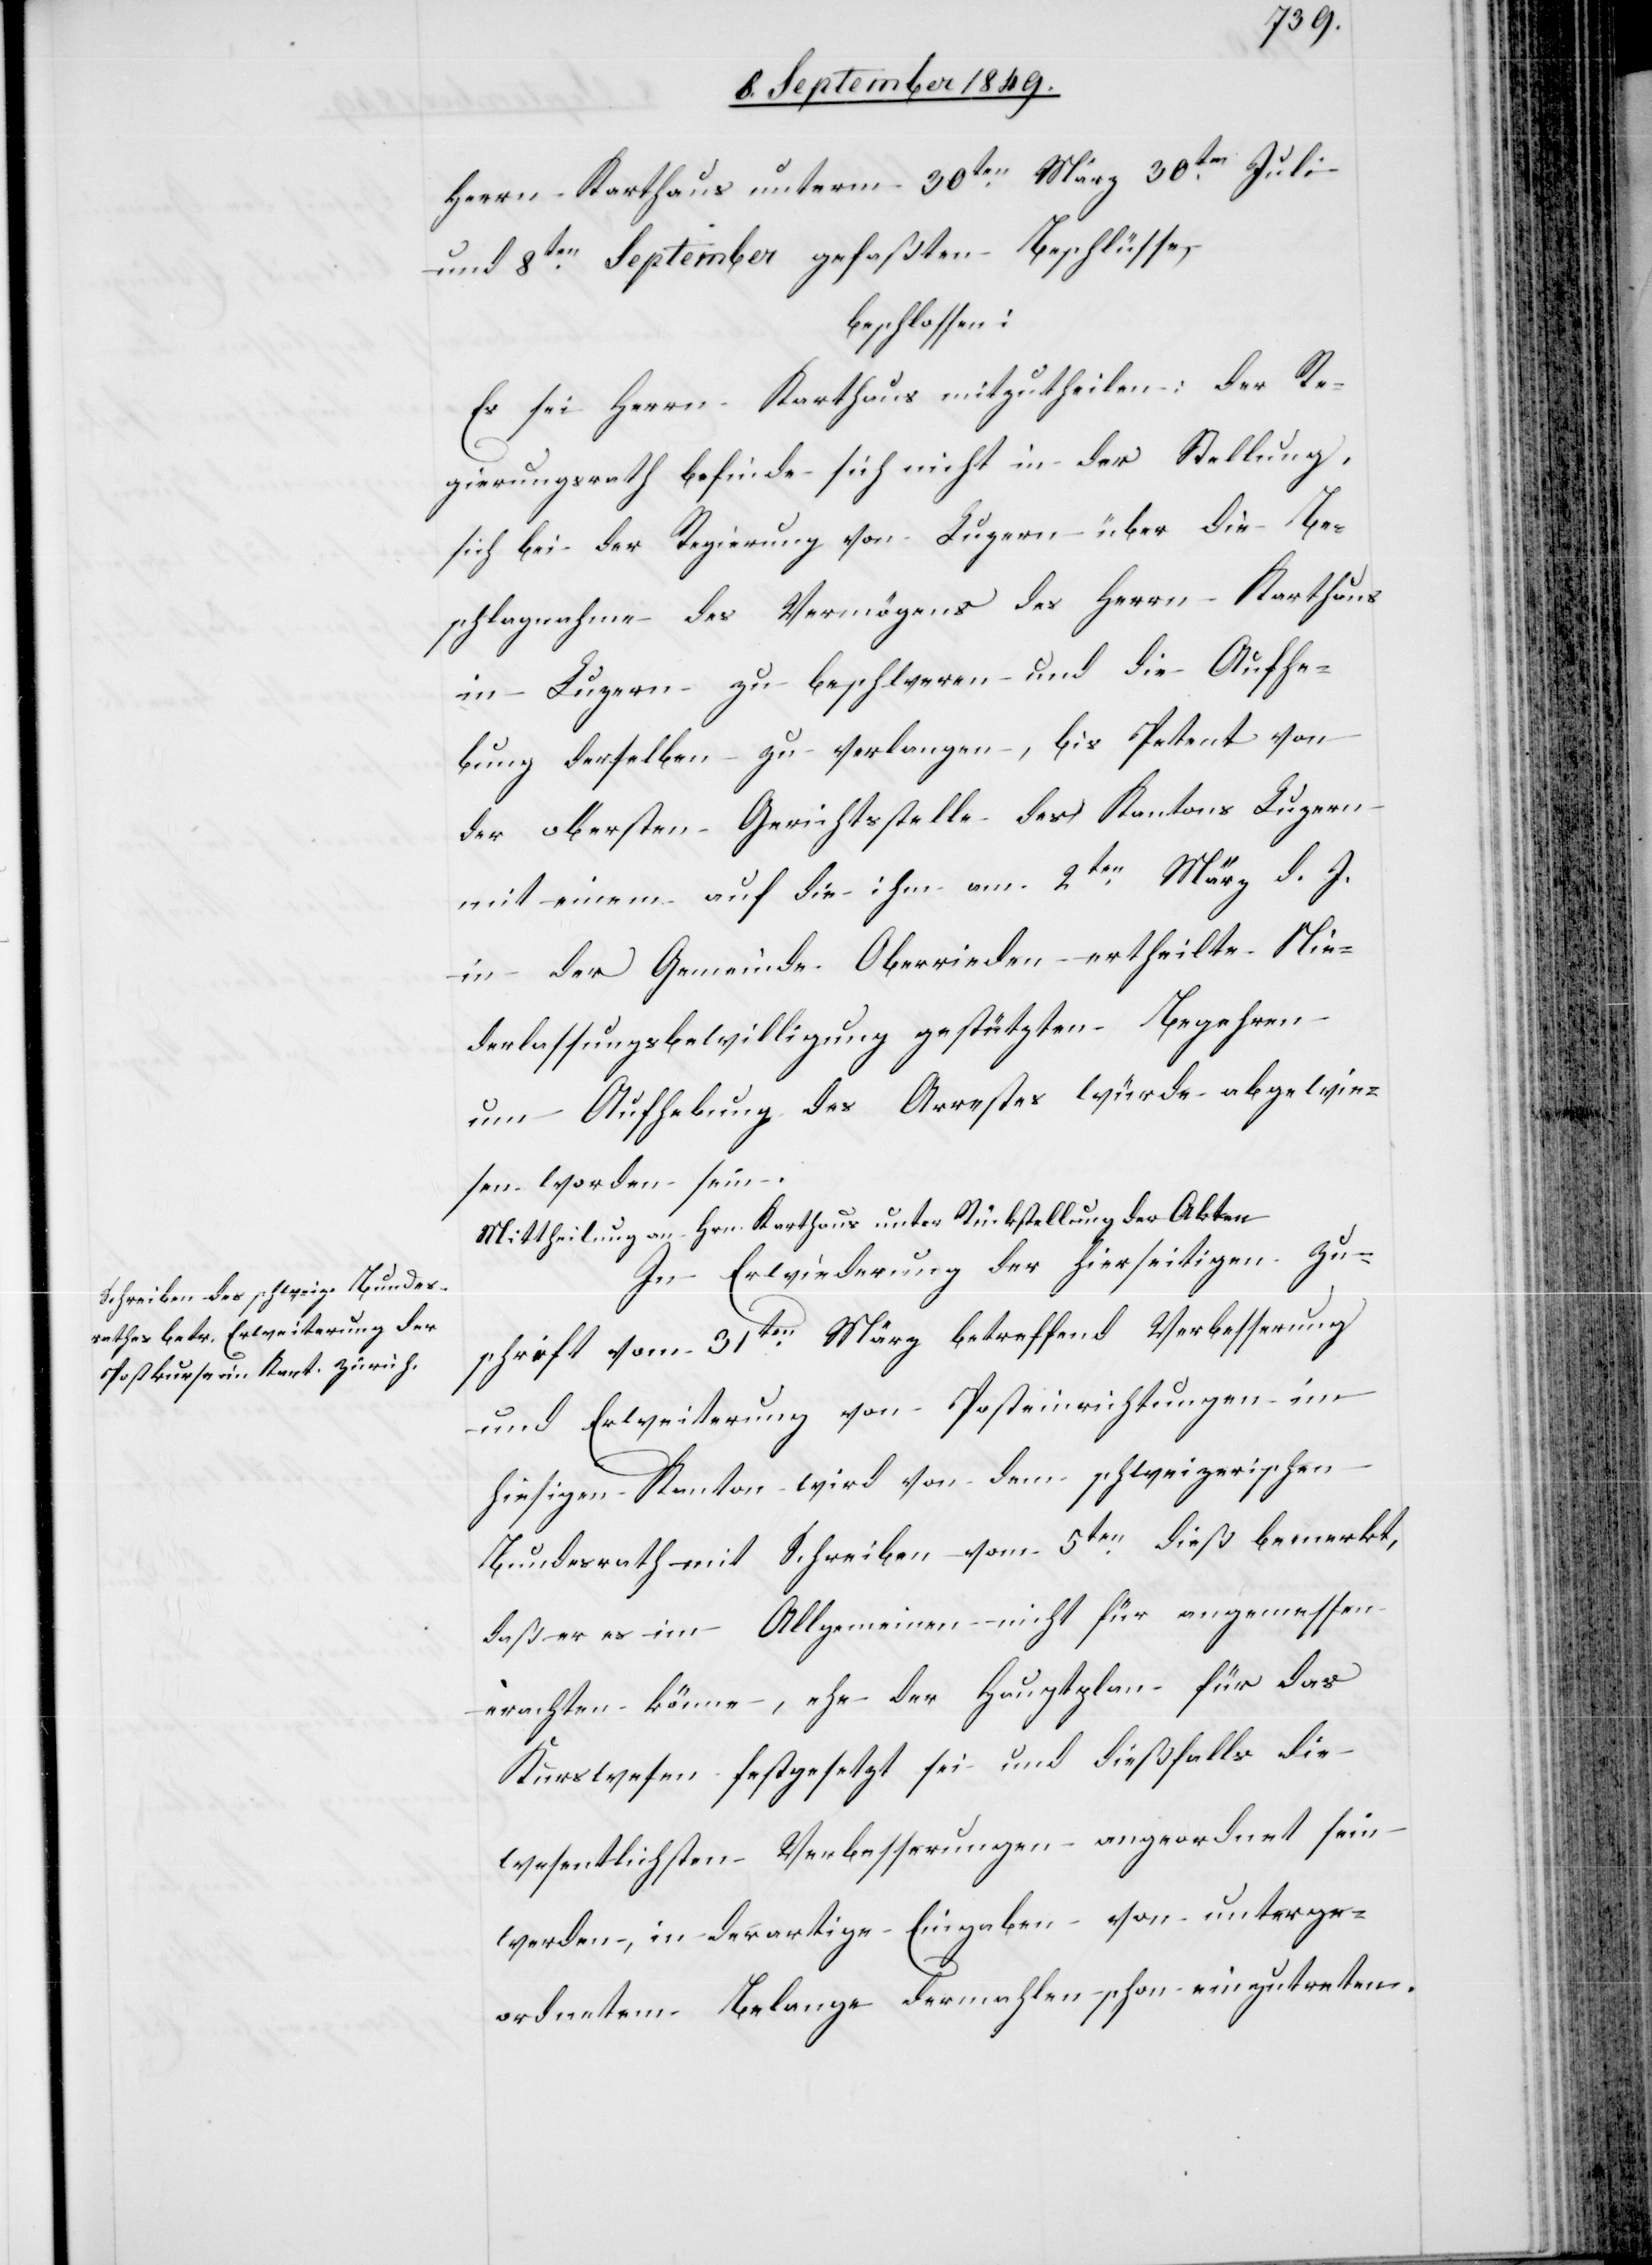
Herrn Karthaus unterm 30ten März[,] 30ten Juli
und 8ten September gefaßten Beschlüsse,
beschlossen:
Es sei Herrn Karthaus mitzutheilen: der Re¬
gierungsrath befinde sich nicht in der Stellung,
sich bei der Regierung von Luzern über die Be¬
schlagnahme des Vermögens des Herrn Karthaus
in Luzern zu beschweren und die Aufhe¬
bung derselben zu verlangen, bis Petent von
der obersten Gerichtsstelle des Kantons Luzern
mit einem auf die ihm am 2ten März d. J.
in der Gemeinde Oberrieden ertheilte Nie¬
derlassungsbewilligung gestützten Begehren
um Aufhebung des Arrestes würde abgewie¬
sen worden sein.
Mittheilung an Hrn. Karthaus unter Rückstellung der Akten.
In Erwiederung der hierseitigen Zu¬
schrift vom 31ten März betreffend Verbesserung
und Erweiterung von Posteinrichtungen im
hiesigen Kanton wird von dem schweizerischen
Bundesrath mit Schreiben vom 5ten dieß bemerkt,
daß er es im Allgemeinen nicht für angemessen
erachten könne, ehe der Hauptplan für das
Kurswesen festgesetzt sei und diesfalls die
wesentlichsten Verbesserungen angeordnet sein
worden, in derartige Eingaben von unterge¬
ordnetem Belange dermahlen schon einzutreten.